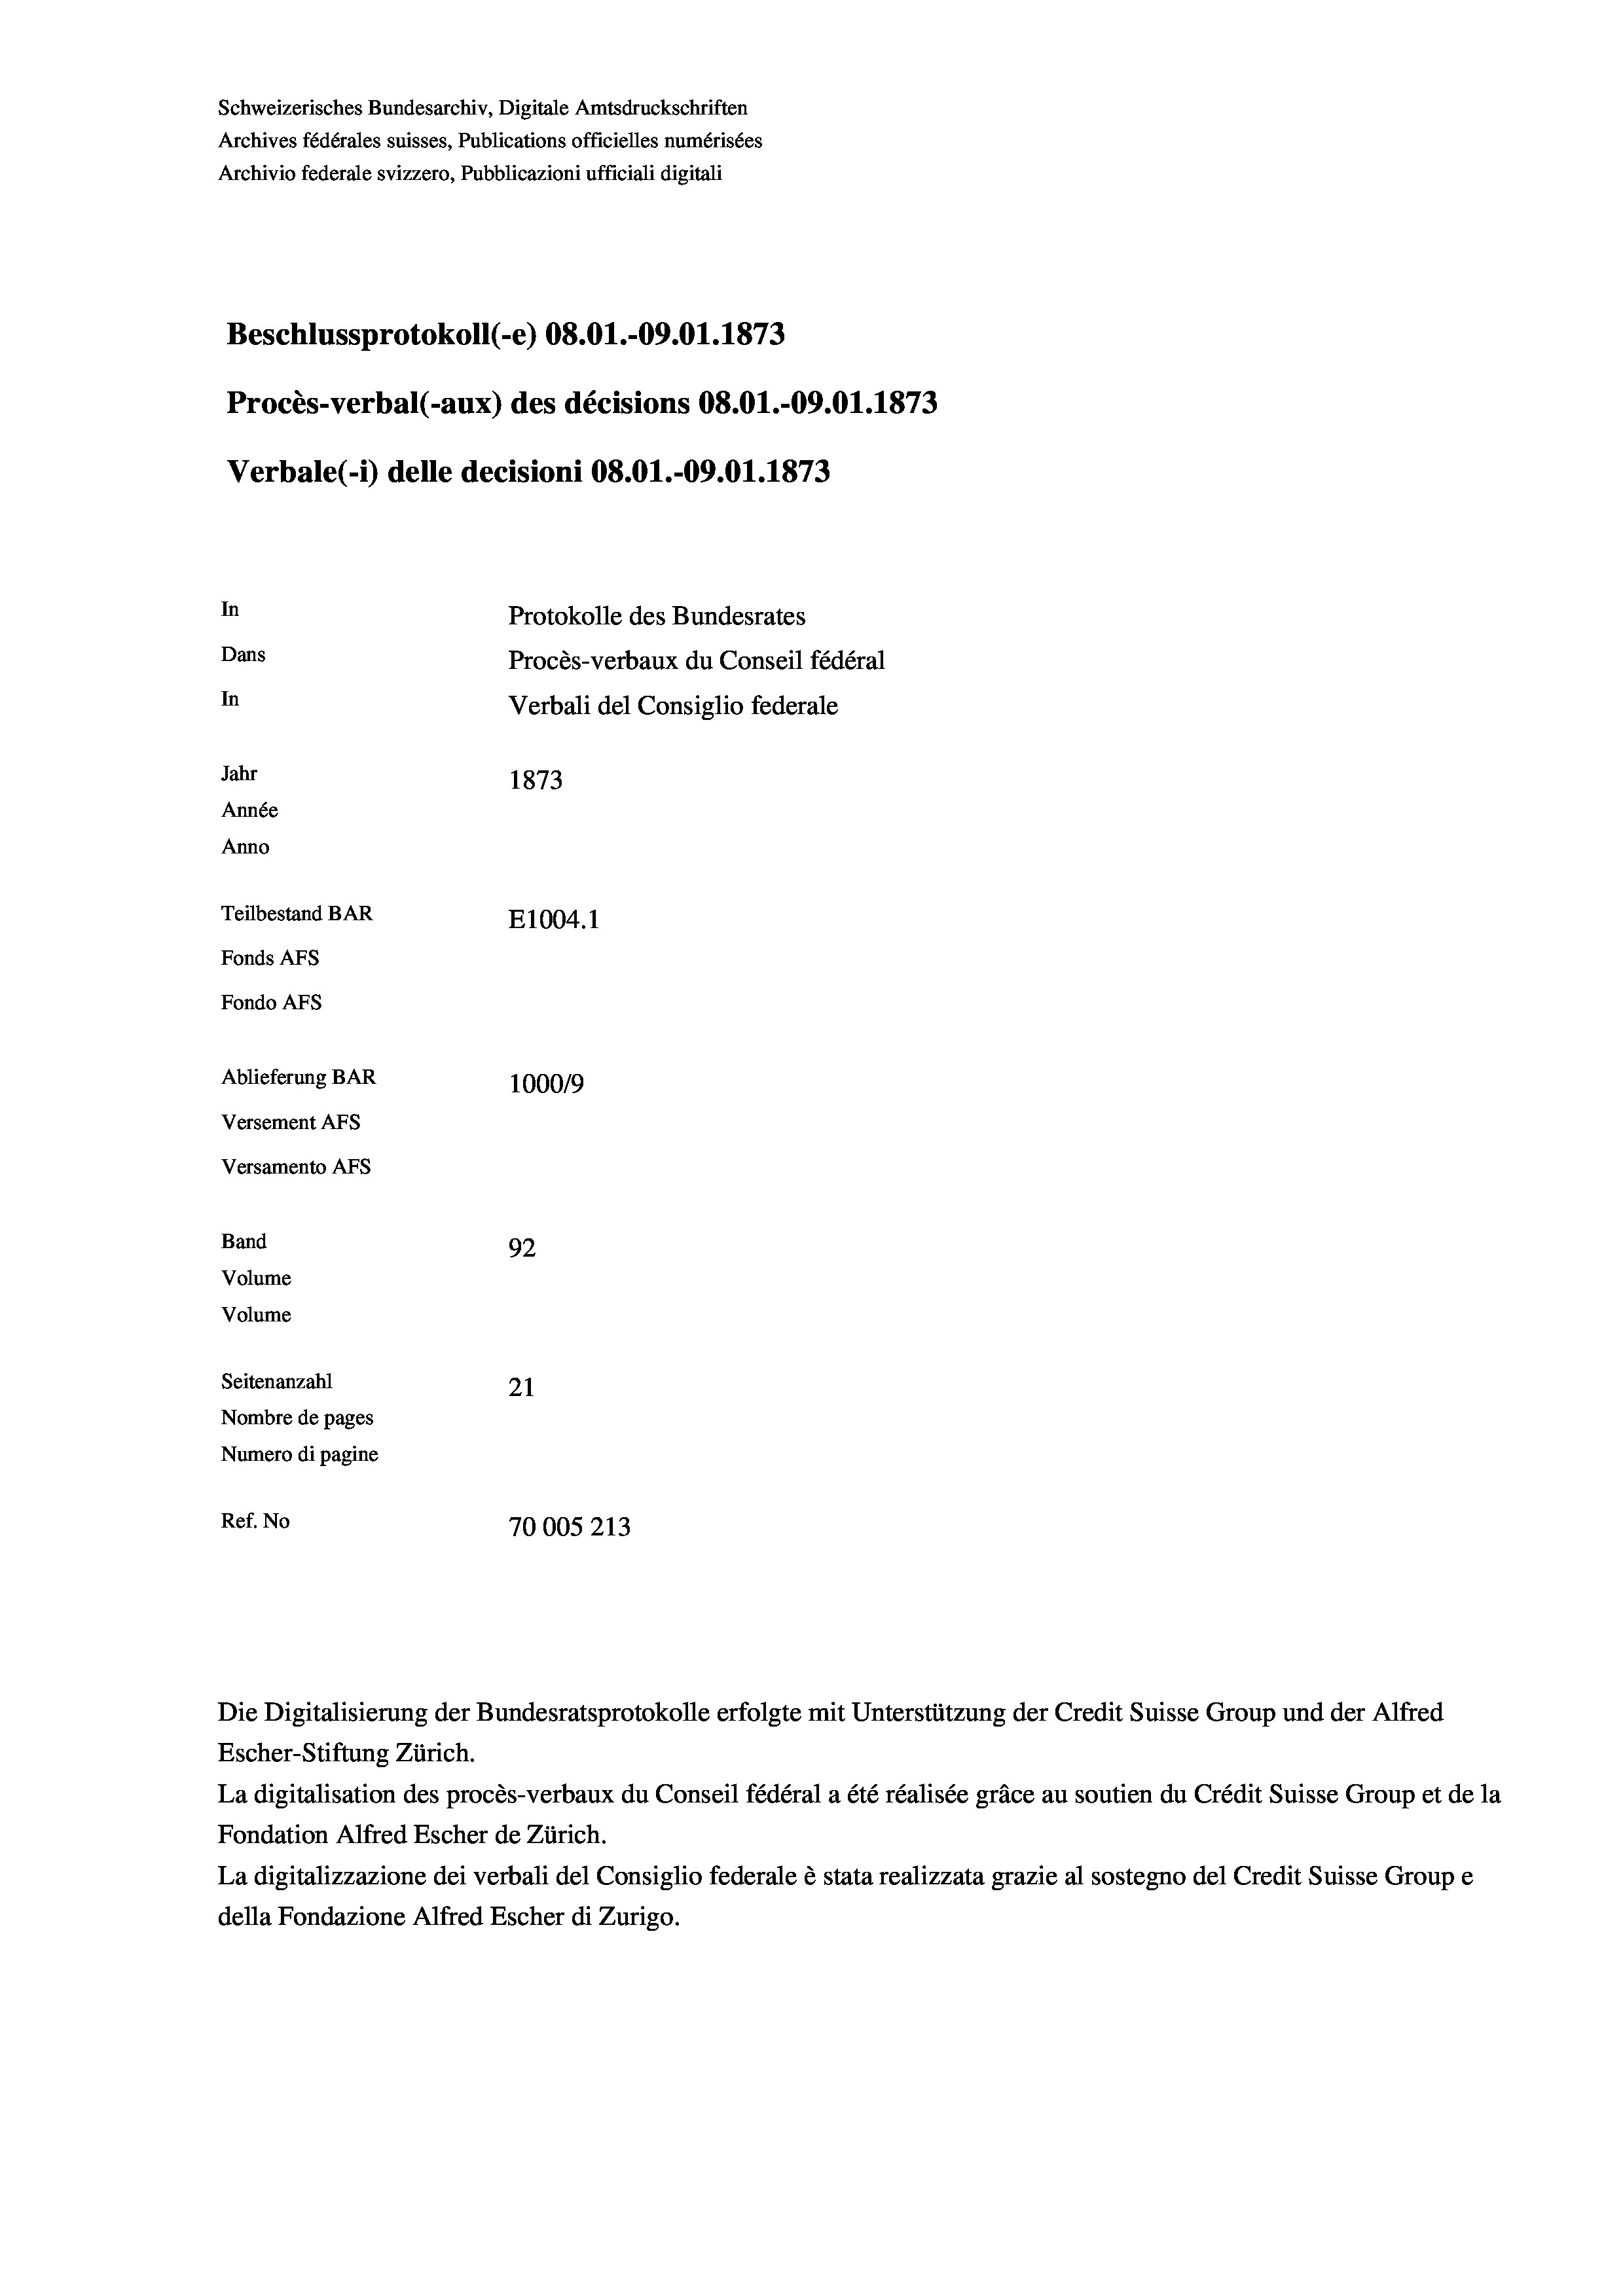
Schweizerisches Bundesarchiv, Digitale Amtsdruckschriften
Archives fédérales suisses, Publications officielles numérisées
Archivio federale svizzero, Pubblicazioni ufficiali digitali
Beschlussprotokoll (-e) 08.01.-09.01. 1873
Procès-verbal (-aux) des décisions 08.01.-09.01. 1873
Verbale(-*) delle decisioni 08.01.-09.01. 1873
In
Protokolle des Bundesrates
Dans
Procès-verbaux du Conseil fédéral
In
Verbali del Consiglio federale
Jahr
1873
Année
Anno
Teilbestand BAR
E1004. 1
Fonds Afs
Fondo AFS
Ablieferung BAR
100019
Versement AFs
Versamento AFs
Band
92
Volume
Volume
Seitenanzahl
21
Nombre de pages
Numero di pagine
Ref. No
70005213

Escher-Stiftung Zürich.
La digitalisation des procès-verbaux du Conseil fédéral a été réalisée gräce au soutien du Crédit Suisse Group et de la
Fondation Alfred Escher de Zürich.
La digitalizzazione dei verbali del Consiglio federale è stata realizzata grazie al sostegno del Credit Suisse Groupe
della Fondazione Alfred Escher di Zurigo.

Die Digitalisierung der Bundesratsprotokolle erfolgte mit Unterstützung der Credit Suisse Group und der Alfred